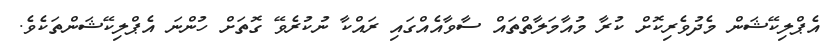
އެޕްލިކޭޝަން މެދުވެރިކޮށް ކުރާ މުއާމަލާތްތައް ސާވާއެއްގައި ރައްކާ ނުކުރެވޭ ގޮތަށް ހުންނަ އެޕްލިކޭޝަންތަކެވެ.